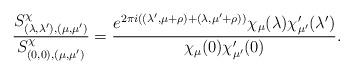
LaTeX: \begin{align*}\frac{S^\chi_{(\lambda, \lambda'),(\mu, \mu')}}{S^\chi_{(0, 0),(\mu, \mu')}} = \frac{e^{2\pi i \left((\lambda', \mu+\rho)+(\lambda, \mu'+\rho)\right)} \chi_\mu(\lambda)\chi'_{\mu'}(\lambda')}{\chi_\mu(0)\chi'_{\mu'}(0)}.\end{align*}